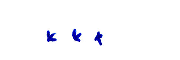
...